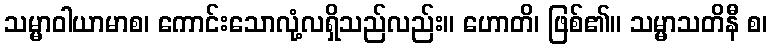
သမ္မာဝါယာမာစ၊ ကောင်းသောလုံ့လရှိသည်လည်း။ ဟောတိ၊ ဖြစ်၏။ သမ္မာသတိနီ စ၊